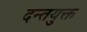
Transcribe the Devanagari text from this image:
दन्तयुक्त